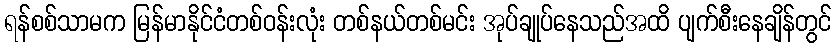
ရန်စစ်သာမက မြန်မာနိုင်ငံတစ်ဝန်းလုံး တစ်နယ်တစ်မင်း အုပ်ချုပ်နေသည်အထိ ပျက်စီးနေချိန်တွင်